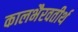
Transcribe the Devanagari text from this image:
कालभैरवतीर्थ